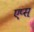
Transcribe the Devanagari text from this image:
एप्स्